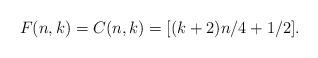
LaTeX: \begin{align*}F(n,k) = C(n,k) = [(k+2)n/4 + 1/2].\end{align*}